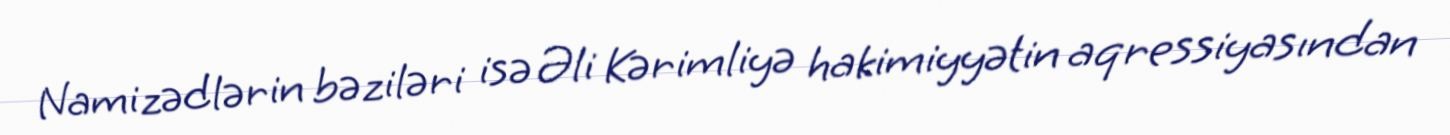
Namizədlərin bəziləri isə Əli Kərimliyə hakimiyyətin aqressiyasından